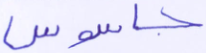
جاسوس